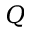
Q